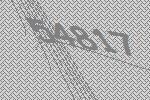
54817